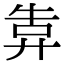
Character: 𢍎